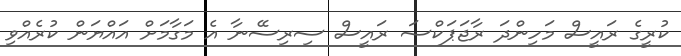
ކުރީގެ ރައީސް މަހިންދަ ރާޖަޕަކްސަ ރައީސް ސިރިސޭނާ އެ މަގާމަށް އައްޔަން ކުރެއްވި